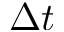
\Delta t